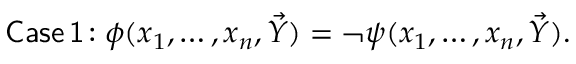
{ \mathsf { C a s e \, 1 \! : } } \; \phi ( x _ { 1 } , \ldots , x _ { n } , { \vec { Y } } ) = \neg \psi ( x _ { 1 } , \ldots , x _ { n } , { \vec { Y } } ) .